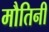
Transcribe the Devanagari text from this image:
मौतिनी